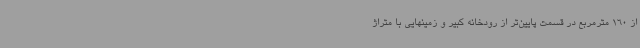
از 160 مترمربع در قسمت پایین‌تر از رودخانه کبیر و زمینهایی با متراژ